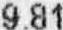
9.81